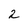
Character: 2